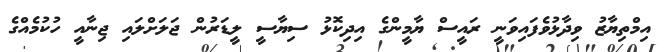
އިމްތިޔާޒު ވިދާޅުވެފައިވަނީ ރައީސް ޔާމީންގެ އިދިކޮޅު ސިޔާސީ ލީޑަރުން ޖަލަށްލައި ޖިނާއީ ހުކުމެއްގެ